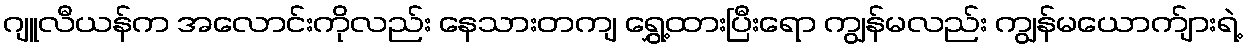
ဂျူလီယန်က အလောင်းကိုလည်း နေသားတကျ ရွှေ့ထားပြီးရော ကျွန်မလည်း ကျွန်မယောက်ျားရဲ့